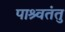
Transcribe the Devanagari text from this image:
पाश्र्वतंतु